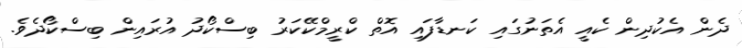
ދެން އެކުދިން ކެއީ އެތަނުގައި ކަނޑާފައި އޮތް ކްރީމްކޭކަރު ބިސްކޯދު އުރައިން ބިސްކޯދެވެ.